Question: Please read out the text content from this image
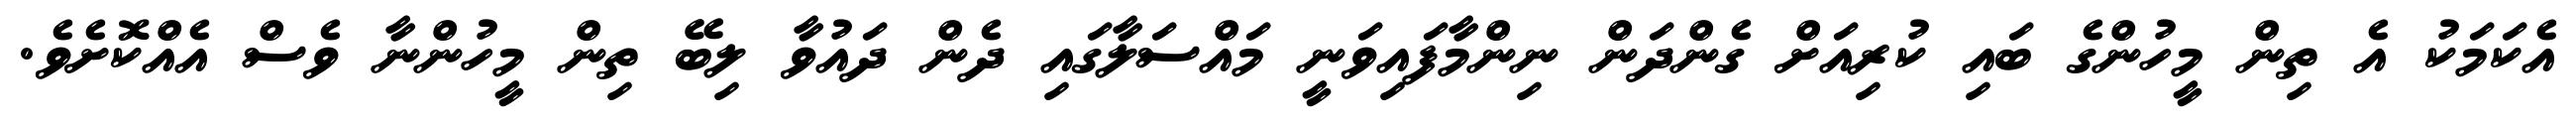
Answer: އެކަމަކު އެ ތިން މީހުންގެ ބައި ކުރިއަށް ގެންދަން ނިންމާފައިވަނީ މައްސަލާގައި ދެން ދައުވާ ލިބޭ ތިން މީހުންނާ ވެސް އެއްކޮށެވެ.